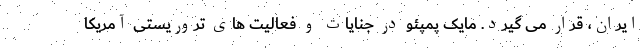
ایران، قرار می گیرد. مایک پمپئو در جنایات و فعالیت های تروریستی آمریکا